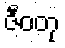
ဇီဝတု